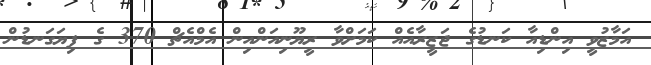
އަމާޒުވީ އިންޑިއާ ކަނޑުގެ ޖަޒީރާއެއް ކަމަށްވާ ރީޔޫނިއަންއިން އެމްއެޗް 370 ގެ ފިޔަގަނޑުން